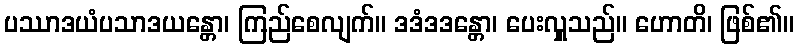
ပဿာဒယံပသာဒယန္တော၊ ကြည်စေလျက်။ ဒဒံဒဒန္တော၊ ပေးလှူသည်။ ဟောတိ၊ ဖြစ်၏။